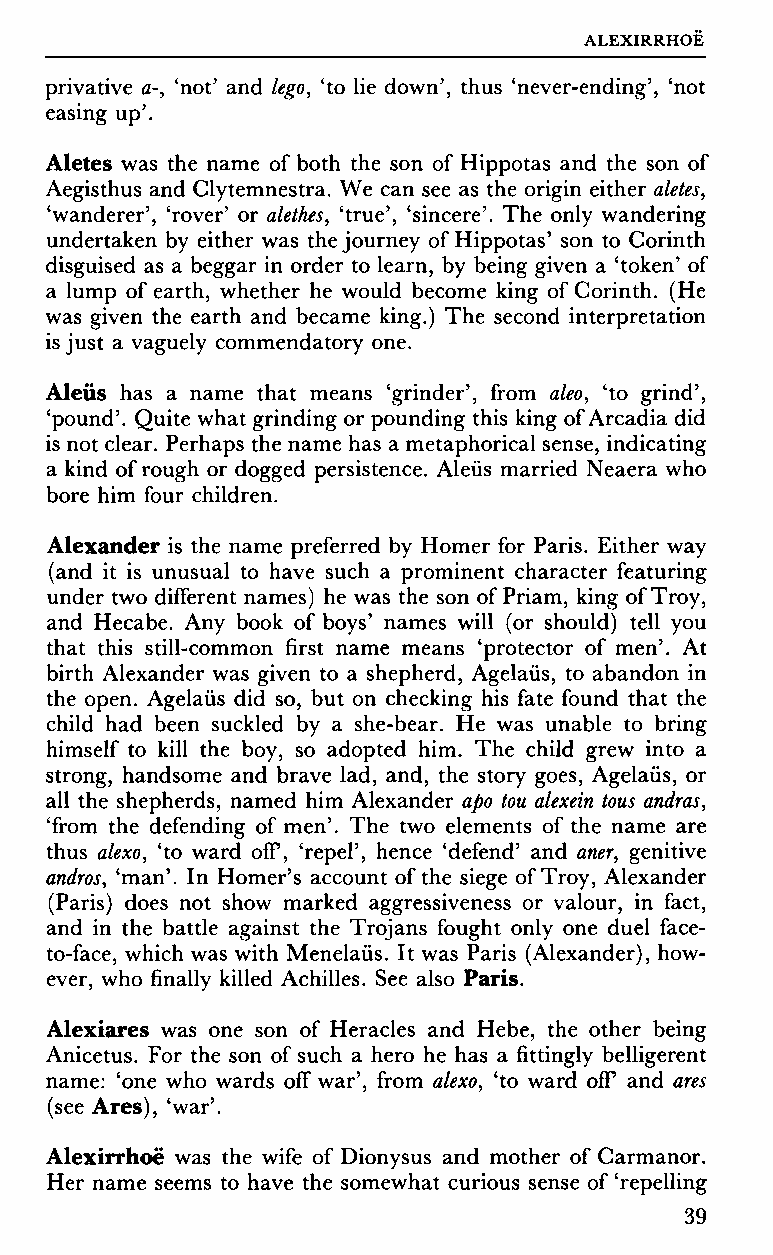
ALEXIRRHOE
 privative a-, 'not' and lego, 'to lie down', thus 'never-ending', 'not
 easing up'.
 Aletes was the name of both the son of Hippotas and the son of
 Aegisthus and Clytemnestra. We can see as the origin either aletes,
 'wanderer', 'rover' or alethes, 'true', 'sincere'. The only wandering
 undertaken by either was the journey of Hippotas' son to Corinth
 disguised as a beggar in order to learn, by being given a 'token' of
 a lump of earth, whether he would become king of Corinth. (He
 was given the earth and became king.) The second interpretation
 is just a vaguely commendatory one.
 Aleus has a name that means 'grinder', from aleo, 'to grind',
 'pound'. Quite what grinding or pounding this king of Arcadia did
 is not clear. Perhaps the name has a metaphorical sense, indicating
 a kind of rough or dogged persistence. Aleiis married Neaera who
 bore him four children.
 Alexander is the name preferred by Homer for Paris. Either way
 (and it is unusual to have such a prominent character featuring
 under two different names) he was the son of Priam, king of Troy,
 and Hecabe. Any book of boys' names will (or should) tell you
 that this still-common first name means 'protector of men'. At
 birth Alexander was given to a shepherd, Agelaüs, to abandon in
 the open. Agelaüs did so, but on checking his fate found that the
 child had been suckled by a she-bear. He was unable to bring
 himself to kill the boy, so adopted him. The child grew into a
 strong, handsome and brave lad, and, the story goes, Agelaüs, or
 all the shepherds, named him Alexander apo tou alexein tous andras,
 'from the defending of men'. The two elements of the name are
 thus alexo, 'to ward off, 'repel', hence 'defend' and aner, genitive
 andros, 'man'. In Homer's account of the siege of Troy, Alexander
 (Paris) does not show marked aggressiveness or valour, in fact,
 and in the battle against the Trojans fought only one duel face-
 to-face, which was with Menelaüs. It was Paris (Alexander), how
 ever, who finally killed Achilles. See also Paris.
 Alexiares was one son of Heracles and Hebe, the other being
 Anicetus. For the son of such a hero he has a fittingly belligerent
 name: 'one who wards off war', from alexo, 'to ward off and ares
 (see Ares), 'war'.
 Alexirrhoë was the wife of Dionysus and mother of Carmanor.
 Her name seems to have the somewhat curious sense of 'repelling
 39